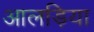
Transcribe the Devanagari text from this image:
आलड़िया